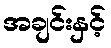
အချင်းနှင့်